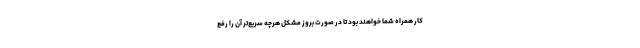
کار همراه شما خواهند بود تا در صورت بروز مشکل هرچه سریع‌تر آن را رفع